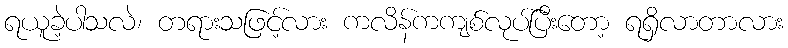
ရယူခဲ့ပါသလဲ၊ တရားသဖြင့်လား ကလိန်ကကျစ်လုပ်ပြီးတော့ ရရှိလာတာလား